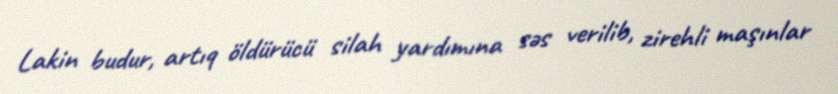
Lakin budur, artıq öldürücü silah yardımına səs verilib, zirehli maşınlar